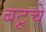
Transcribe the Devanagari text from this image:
बटूचे